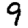
Digit: 9